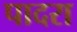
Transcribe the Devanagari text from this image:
पादरा